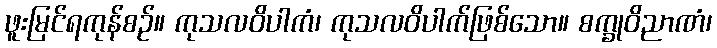
ဖူးမြင်ရကုန်စဉ်။ ကုသလဝိပါကံ၊ ကုသလဝိပါက်ဖြစ်သော။ စက္ခုဝိညာဏံ၊